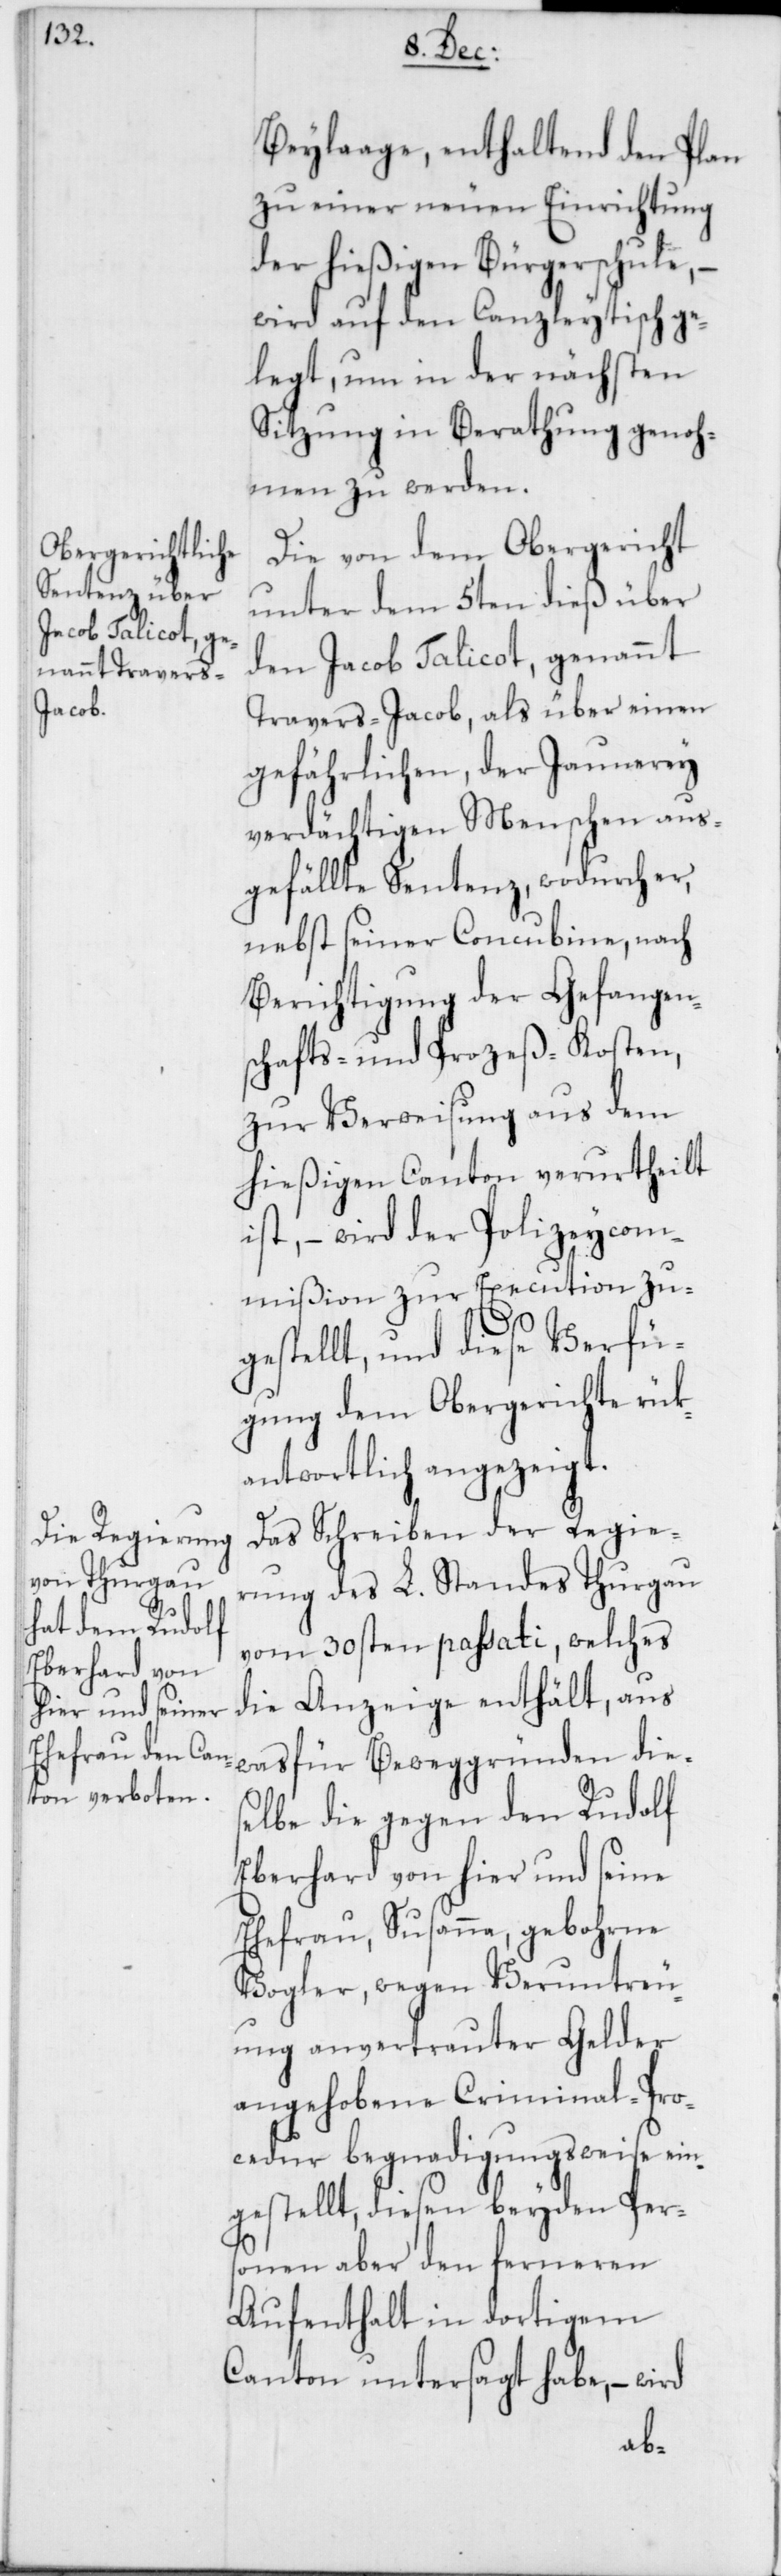
Beylaage, enthaltend den Plan
zu einer neuen Einrichtung
der hießigen Bürgerschule, –
wird auf den Canzleytisch ge¬
legt, um in der nächsten
Sitzung in Berathung genoh¬
men zu werden.
Die von dem Obergericht
unter dem 5ten dieß über
den Jacob Talicot, genannt
Travers-Jacob, als über einen
gefährlichen, der Jaunerey
verdächtigen Menschen aus¬
gefällte Sentenz, wodurch er,
nebst seiner Concubine, nach
Berichtigung der Gefangen¬
schafts- und Prozeß-Kosten,
zur Verweisung aus dem
hießigen Canton verurtheilt
ist, – wird der Polizeycom¬
mißion zur Execution zu¬
gestellt, und diese Verfü¬
gung dem Obergerichte rük¬
antwortlich angezeigt.
Das Schreiben der Regie¬
rung des L. Standes Thurgau
vom 30sten passati, welches
die Anzeige enthält, aus
was für Beweggründen dies¬
elbe die gegen den Rudolf
Eberhard von hier und seine
Ehefrau, Susanna, gebohrne
Vogler, wegen Veruntreu¬
ung anvertrauter Gelder
angehobene Criminal-Pro¬
cedur begnadigungsweise ein¬
gestellt, diesen beyden Pers¬
onen aber den ferneren
Aufenthalt in dortigem
Canton untersagt habe, – wird